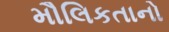
મૌલિકતાનો